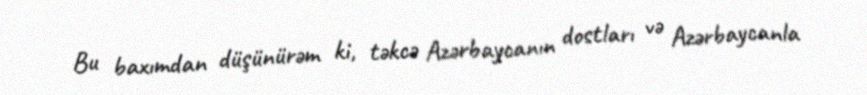
Bu baxımdan düşünürəm ki, təkcə Azərbaycanın dostları və Azərbaycanla